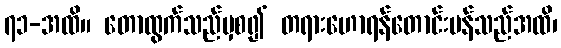
၇၁-အထိ။ တောထွက်သည်မှစ၍ တရားဟောရန်တောင်းပန်သည်အထိ၊